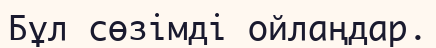
Бұл сөзімді ойлаңдар.